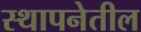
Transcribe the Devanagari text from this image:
स्थापनेतील